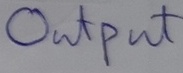
Text: OUTPUT